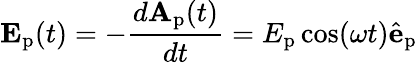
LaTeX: \mathbf{E}_{\textrm{p}}(t)=-\frac{d\mathbf{A}_{\textrm{p}}(t)}{dt}=E_{\textrm{p}}\cos(\omega t)\hat{\mathbf{e}}_{\textrm{p}}